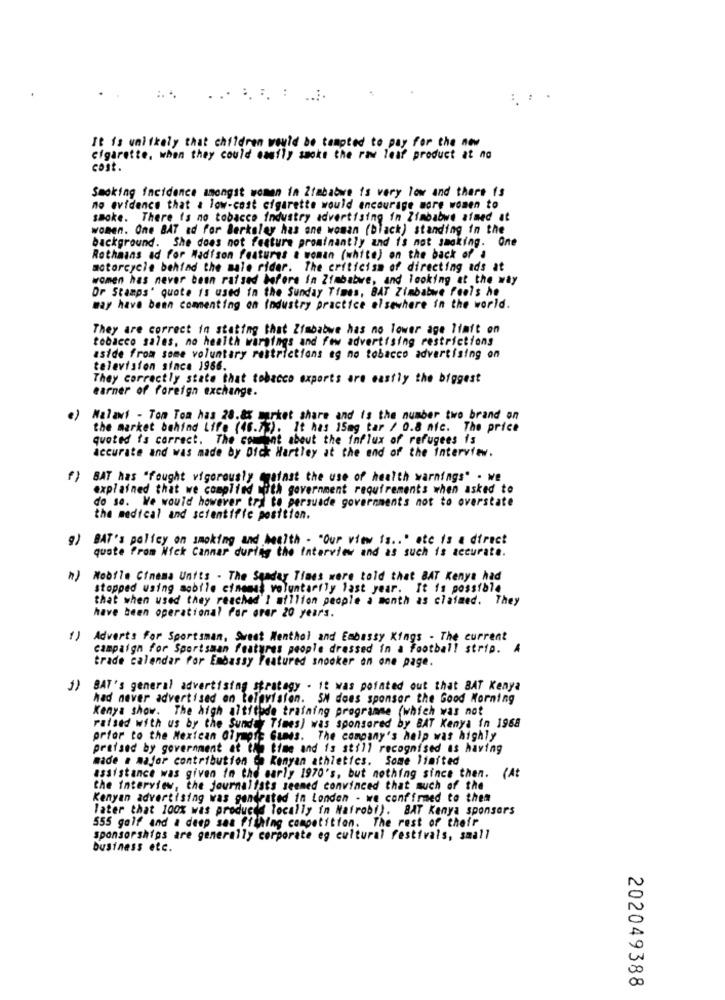
It is unlikely that children would be tempted to pay for the new
cigarette, when they could canfly smoke the raw leaf product at no
cost.
Smoking incidence amongst women in Zimbabwe is very low and there is
no evidence that a low-cost cigarette would encourage more women to
smoke. There is no tobacco industry advertising in Zimbabwe aimed at
women. One BAT ad for Berkeley has one woman (black) standing in the
background. She does not feature prominantly and is not smoking. One
Rothmans ad for Madison features a woman (white) on the back of a
motorcycle behind the male rider. The criticism of directing ads at
women has never been raised before in Zimbabwe, and looking at the way
Or Stamps' quote is used in the Sunday Times, BAT Zimbabwe feels he
may have been commenting on Industry practice elsewhere in the world.
They are correct in stating that Zimbabwe has no lower age limit on
tobacco sales, no health warnings and few advertising restrictions
aside from some voluntary restrictions eg no tobacco advertising on
television since 1966.
They correctly state that tobacco exports are easily the biggest
earner of foreign exchange.
e) Malawi - Tom Tom has 28.8% market share and is the number two brand on
the market behind Life (46.7%). It has 15mg tar / 0.8 nic. The price
quoted is correct. The comment about the influx of refugees is
accurate and was made by Dick Hartley at the end of the interview.
)BAT has "fought vigorously (mainst the use of health warnings" . we
explained that we complied moth government requirements when asked to
do so. We would however tra to persuade governments not to overstate
the medical and scientific position.
9) BAT's polfey on smoking and health . "Our view is .. " ete is a direct
quote from Nick Cannar during the Interview and as such is accurate.
)Mobile Cinema Units - The Sunday Times were told that BAT Kenya had
stopped using mobile cinemas voluntarily last year. It is possible
that when used they reachad'! million people a month as claimed. They
have been operational for orer 20 years.
1) Adverts for Sportsman, Sweet Menthol and Embassy Kings - The current
campaign for Sportsman features people dressed in a football strip. A
trade calendar for Embassy Featured snooker on one page.
J) BAT's general advertising strategy - it was pointed out that BAT Kenya
had never advertised on television. SN does sponsor the Good Morning
Kenya show. The high altitude training programme (which was not
raised with us by the Sunday Times) was sponsored by BAT Kenya in 1968
prior to the Mextean Olympic Games. The company's help was highly
praised by government at the time and is still recognised as having
made a major contribution ch Kenyan athletics. Some limited
assistance was given in the early 1970's, but nothing since then. (At
the interview, the journalists seemed convinced that much of the
Kenyan advertising was gandrated in Londen - we confirmed to them
later that 100% was produced locally in Nairobi). BAT Kenya sponsors
555 golf and a deep sea fishing competition. The rest of their
sponsorships are generally corporate eg cultural festivals, small
business etc.
N
00
202049388